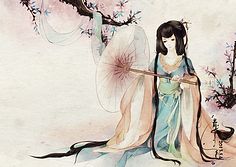
取次花丛懒回顾，半缘修道半缘君。